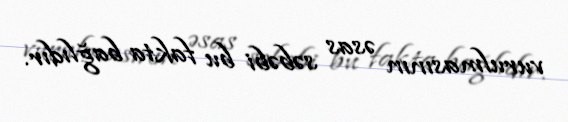
vurulmasının əsas səbəbi bu fakta bağlıdır.